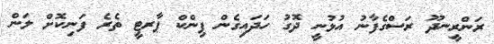
ރަންރީނދޫ ރަސްގެފާނު އުޅުނީ ދޮގު ހަދައިގެން ޕިންކް ޕާރޓީ ތެރެ ފަނިކޮށް ލަން